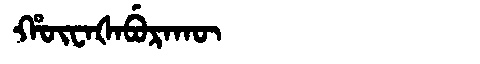
Manchu: ᡥᡡᠸᠠᡧᠠᠪᡠᡵᠠᡴᡡ
Romanization: HŪWAŠABURAKŪ